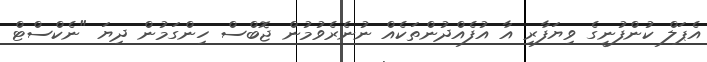
އެޕަލް ކުންފުނީގެ ވިޔަފާރި އާ އުފެއްދުންތަކެއް ނުނެރެވުމުން ޖޮބްސް ހިންގަމުން ދިޔަ "ނެކްސްޓް